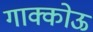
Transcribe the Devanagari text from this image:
गाक्कोऊ